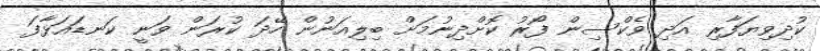
ކުދިވިޔަފާރި އަދި ވެކްސިން ފޯރު ކޮށްދިނުމަށް ބިލިއަނުން ހޭދަ ކުރަން ވަނީ ކަނޑައަޅާފަ